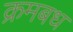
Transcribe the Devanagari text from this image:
क्रमबध